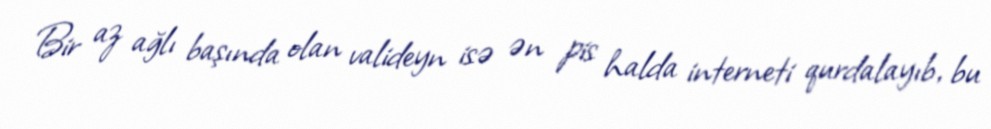
Bir az ağlı başında olan valideyn isə ən pis halda interneti qurdalayıb, bu